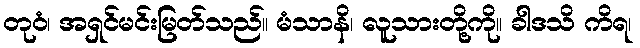
တုဝံ၊ အရှင်မင်းမြတ်သည်။ မံသာနိ၊ လူသားတို့ကို။ ခါဒသိ ကိရ၊